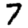
Digit: 7